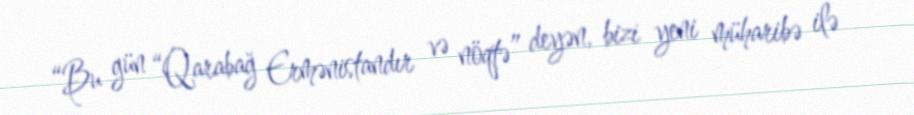
“Bu gün “Qarabağ Ermənistandır və nöqtə” deyən, bizi yeni müharibə ilə